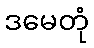
ဒမေတုံ